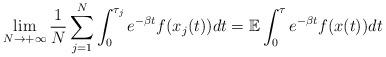
LaTeX: \begin{align*}\lim_{N\rightarrow+\infty}\frac{1}{N}\sum\limits_{j=1}^N\int_0^{\tau_j}e^{-\beta t}f(x_j(t))dt=\mathbb{E}\int_0^{\tau}e^{-\beta t}f(x(t))dt\end{align*}